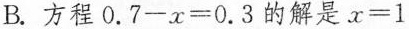
B.方程$$0.7-x=0.3$$的解是$$x=1$$